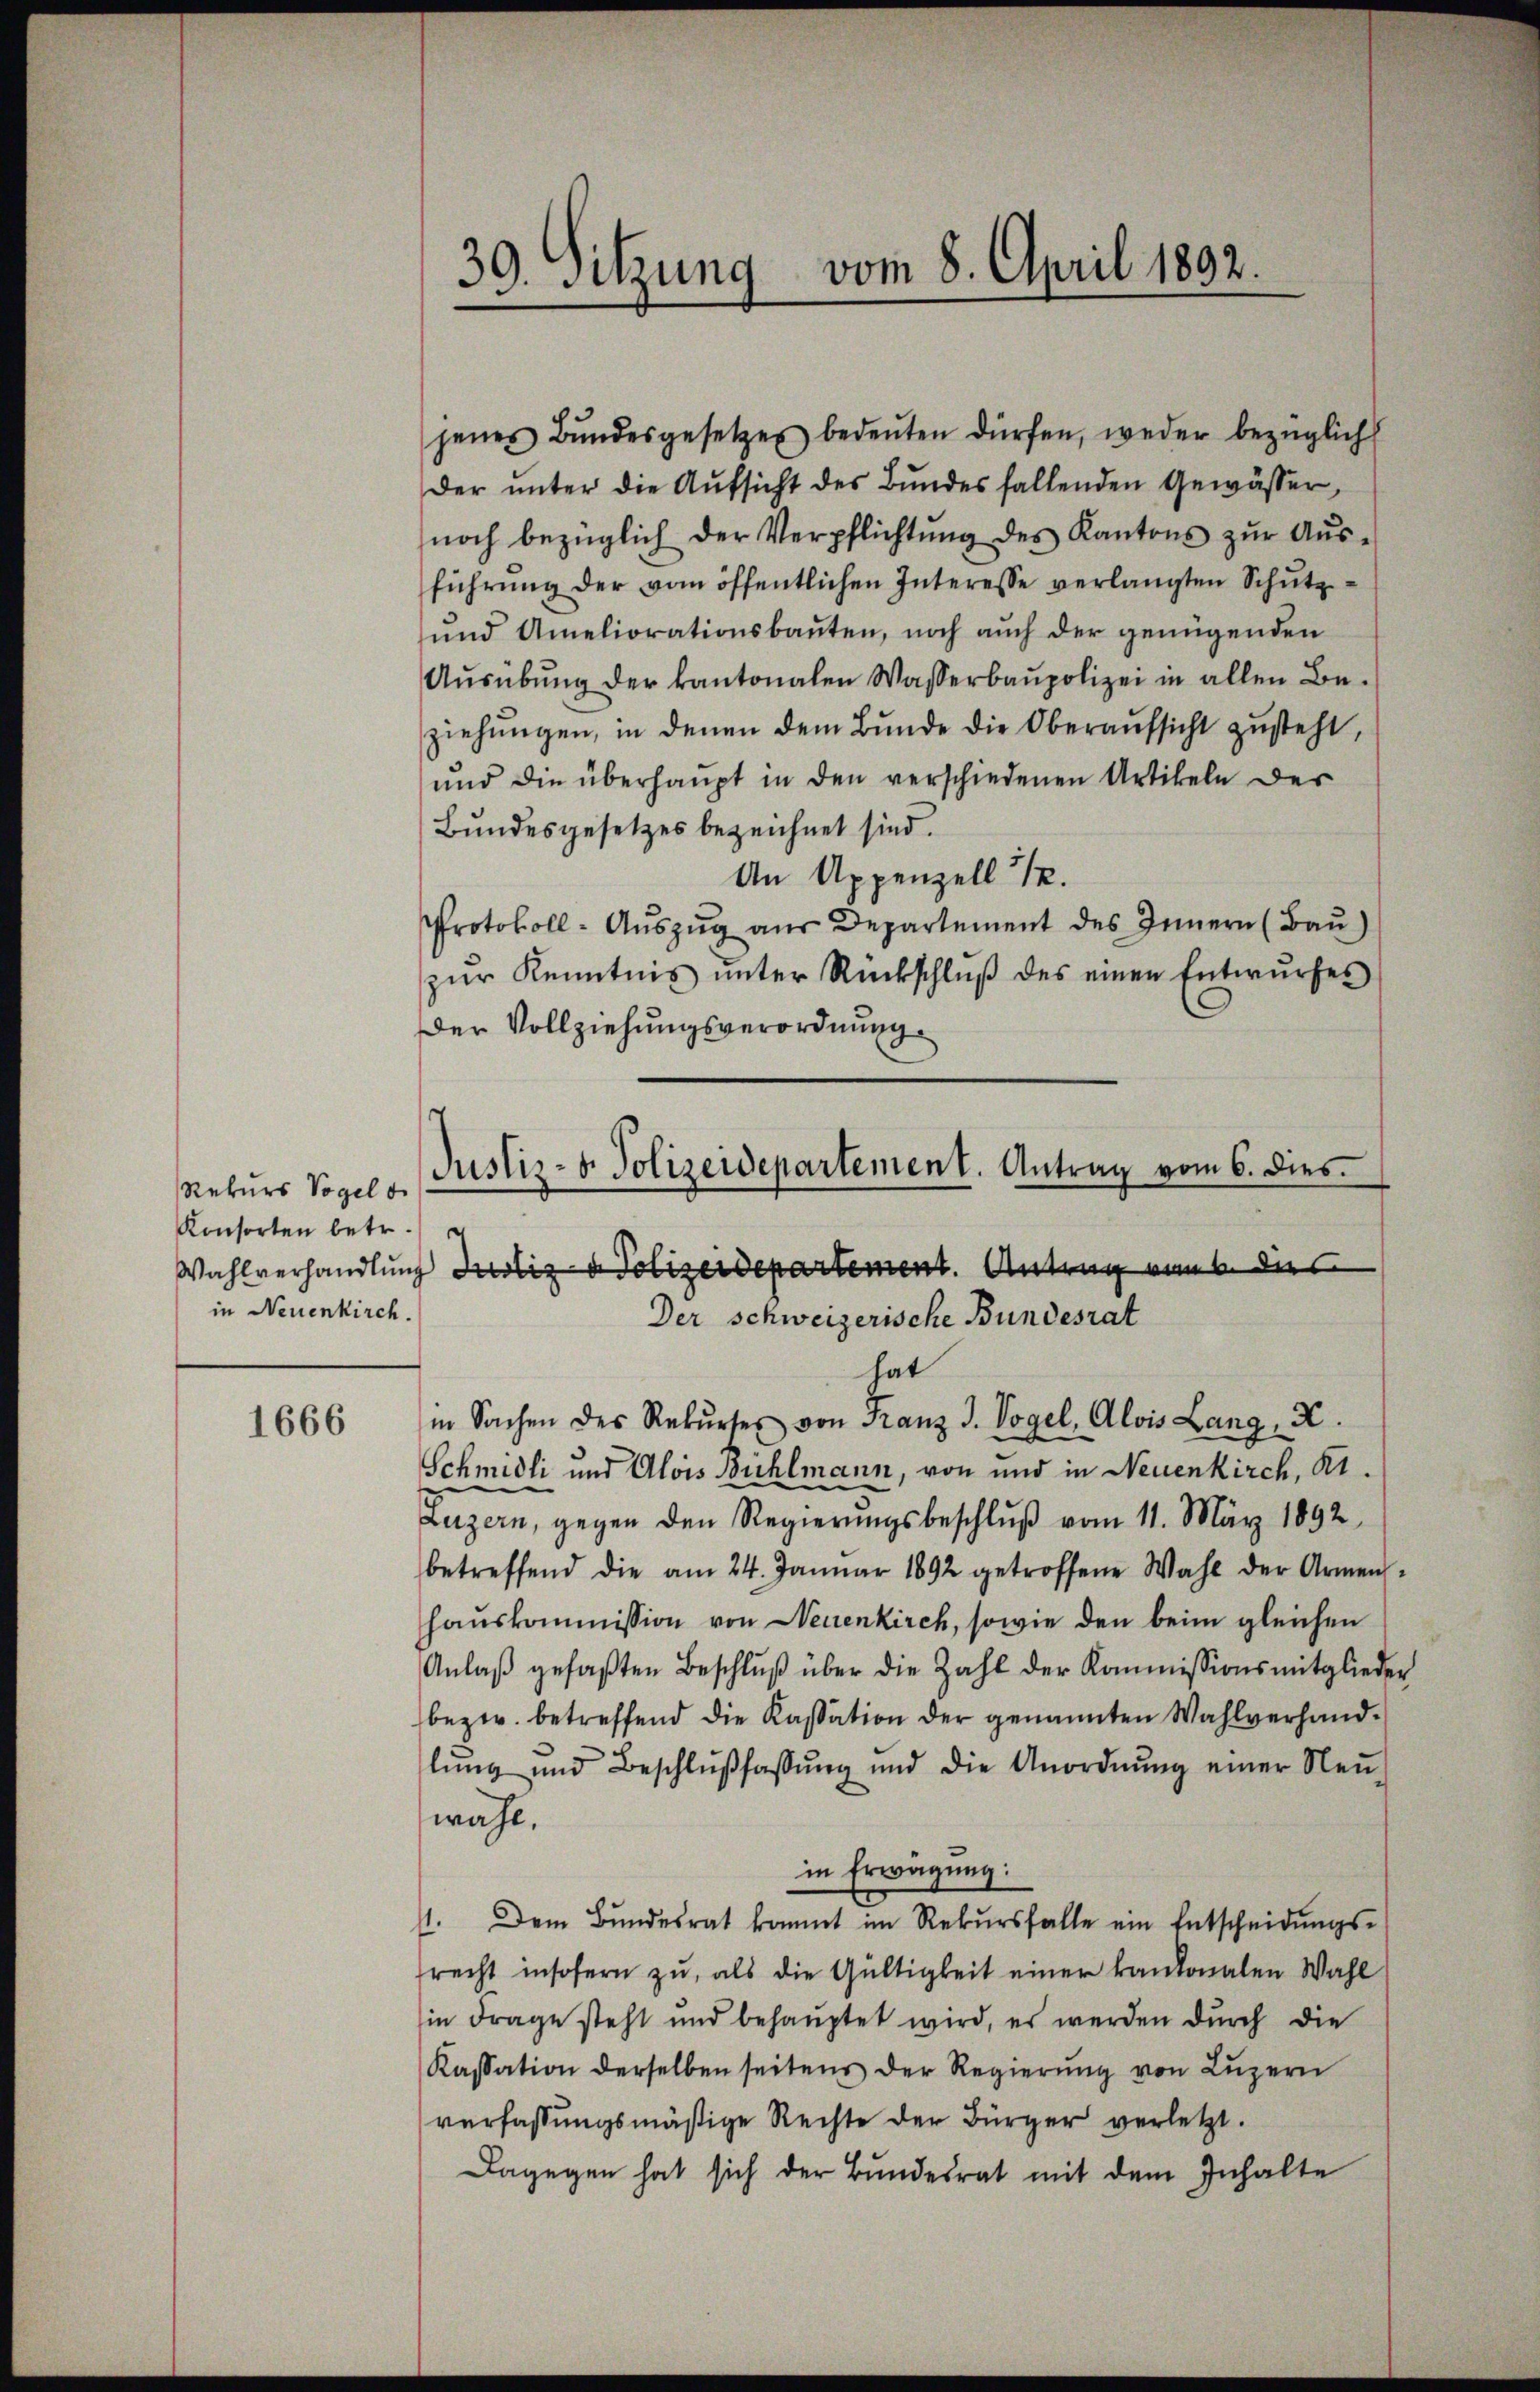
Rekurs Vogel d
Konsorten betr.
in Neuenkirch.

1666

vom 8. April 1892.
39. Sitzung

jenes Bŭndesgesetzes bedeŭten dürfen, weder bezüglich
der ŭnter die Aŭfsicht des Bŭndes fallenden Gewässer,
noch bezüglich der Verpflichtŭng des Kantons zŭr Aŭs-
führung der vom öffentlichen Interesse verlangten Schutz
und Ameliorationsbauten, noch auch der genügenden
Aŭsübŭng der kantonalen Wasserbaupolizei in allen Be-
ziehŭngen, in denen dem Bŭnde die Oberaŭfsicht zusteht,
und die überhaupt in den verschiedenen Artikeln der
Bundesgesetzes bezeichnet sind.
An Appenzell 12.
Protokoll-Aŭszŭg aŭs Departement des Innern (Baŭ)
zŭr Kenntnis ŭnter Rückschlŭβ des einen Entwŭrfes
Der Vollziehungsverordnung
Wahlverhandlung Justiz & Polizeidepartement. Antrag vom 6. dies
Der Schweizerische Bundesrat
hat
in Sachen des Rekŭrses von Franz J. Vogel, Alois Lang, X.
Schmidli und Alois Bühlmann, von und in Neuenkirch, Kt.
Luzern, gegen den Regierŭngsbeschlŭβ vom 11. März 1892
betreffend die am 24. Januar 1892 getroffene Wahl der Armen-
Hauskommission von Neuenkirch, sowie den beim gleichen
Anlaß gefaßten Beschluß über die Zahl der Kommissionsmitglieder
bezw. betreffend die Kassation der genannten Wahlverhandlŭng und Beschlŭβfassŭng und die Anordnŭng einer Neŭ-
wahl.
in Erwägung:
1. Dem Bŭndesrat kommt im Rekŭrsfalle ein Entscheidŭngs-
recht insofern zu, als die Gültigkeit einer kantonalen Wahl
in Frage steht und behauptet wird, es werden durch die
Kassation derselben seitens der Regierŭng von Lŭzern
verfassŭngsmäßige Rechte der Bürger verletzt.
Dagegen hat sich der Bundesrat mit dem Inhalte

Justiz- & Polizeidepartement. Antrag vom 6. dies